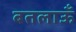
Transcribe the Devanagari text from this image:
बतलाऊँ